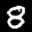
Label: 8